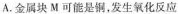
A.金属块M可能是铜，发生氧化反应